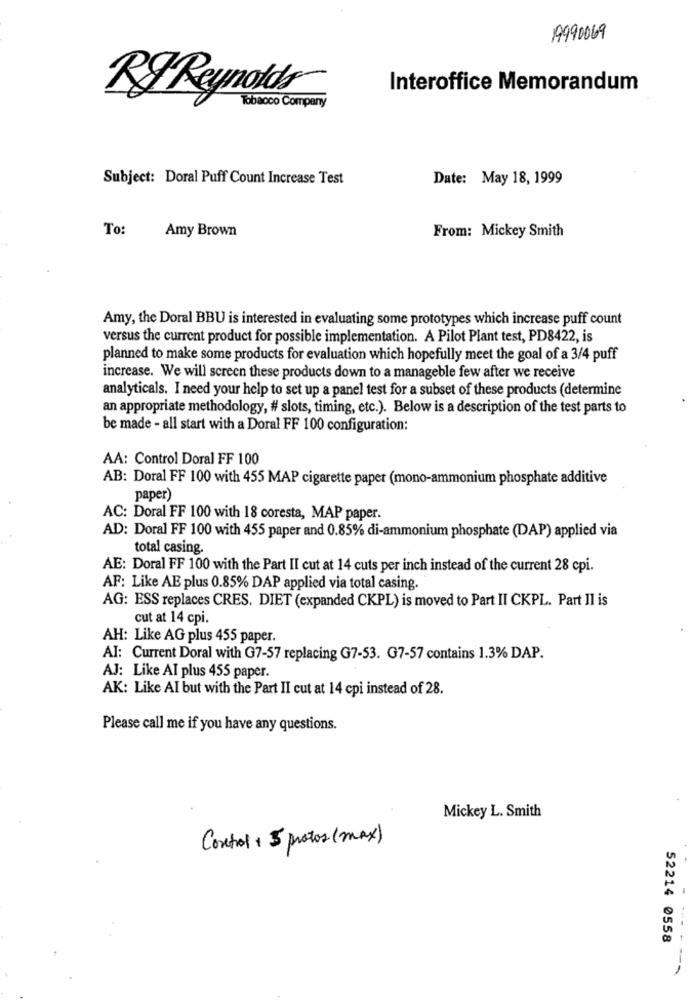
19990069
Interoffice Memorandum
RJ Reynolds
Tobacco Company
Subject: Doral Puff Count Increase Test
Date: May 18, 1999
To:
Amy Brown
From: Mickey Smith
Amy, the Doral BBU is interested in evaluating some prototypes which increase puff count
versus the current product for possible implementation. A Pilot Plant test, PD8422, is
planned to make some products for evaluation which hopefully meet the goal of a 3/4 puff
increase. We will screen these products down to a manageble few after we receive
analyticals. I need your help to set up a panel test for a subset of these products (determine
an appropriate methodology, # slots, timing, etc.). Below is a description of the test parts to
be made - all start with a Doral FF 100 configuration:
AA: Control Doral FF 100
AB: Doral FF 100 with 455 MAP cigarette paper (mono-ammonium phosphate additive
paper)
AC: Doral FF 100 with 18 coresta, MAP paper.
AD: Doral FF 100 with 455 paper and 0.85% di-ammonium phosphate (DAP) applied via
total casing.
AE: Doral FF 100 with the Part II cut at 14 cuts per inch instead of the current 28 cpi.
AF: Like AE plus 0.85% DAP applied via total casing.
AG: ESS replaces CRES. DIET (expanded CKPL) is moved to Part II CKPL. Part Il is
cut at 14 cpi.
AH: Like AG plus 455 paper.
AI: Current Doral with G7-57 replacing G7-53. G7-57 contains 1.3% DAP.
AJ: Like AI plus 455 paper.
AK: Like AI but with the Part II cut at 14 cpi instead of 28.
Please call me if you have any questions.
Mickey L. Smith
Control + 5 protos (max)
52214 0558